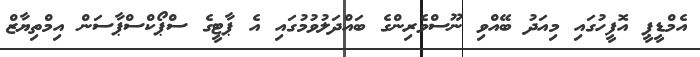
އެމްޑީޕީ އޮފީހުގައި މިއަދު ބޭއްވި ނޫސްވެރިންގެ ބައްދަލުވުމުގައި އެ ޕާޓީގެ ސްޕޯކްސްޕާސަން އިމްތިޔާޒް